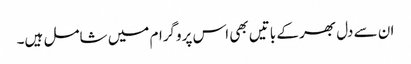
ان سے دل بھر کے باتیں بھی اس پروگرام میں شامل ہیں۔